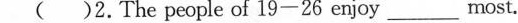
()2.The people of 19—26 enjoy ___ most.